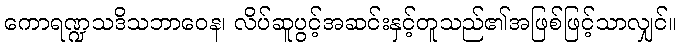
ကောရဏ္ဍသဒိသဘာဝေန၊ လိပ်ဆူပွင့်အဆင်းနှင့်တူသည်၏အဖြစ်ဖြင့်သာလျှင်။